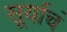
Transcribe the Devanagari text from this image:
सूर्याचं